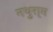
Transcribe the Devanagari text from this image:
नथुरा्म